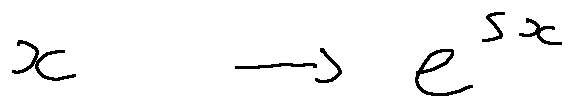
x \rightarrow e ^ { s x }